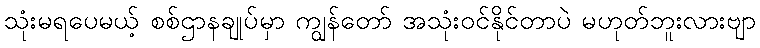
သုံးမရပေမယ့် စစ်ဌာနချုပ်မှာ ကျွန်တော် အသုံးဝင်နိုင်တာပဲ မဟုတ်ဘူးလားဗျာ